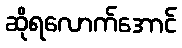
ဆိုရလောက်အောင်